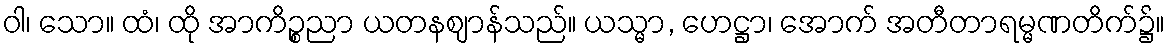
ဝါ၊ သော။ ထံ၊ ထို အာကိဉ္စညာ ယတနဈာန်သည်။ ယသ္မာ, ဟေဋ္ဌာ၊ အောက် အတီတာရမ္မဏတိက်၌။